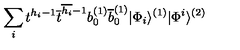
\sum _ { i } t ^ { h _ { i } - 1 } \overline { { t } } ^ { \overline { { h _ { i } } } - 1 } b _ { 0 } ^ { ( 1 ) } \overline { { b } } _ { 0 } ^ { ( 1 ) } | \Phi _ { i } \rangle ^ { ( 1 ) } | \Phi ^ { i } \rangle ^ { ( 2 ) }